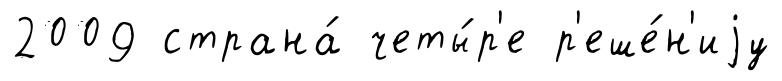
2009 страна́ четы́р'е р'еше́н'иjу